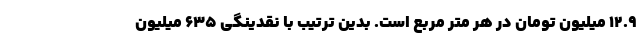
۱۲.۹ میلیون تومان در هر متر مربع است. بدین ترتیب با نقدینگی ۶۳۵ میلیون